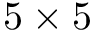
5 \times 5